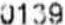
0139